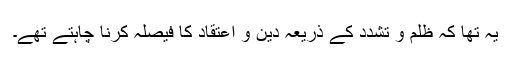
یہ تھا کہ ظلم و تشدد کے ذریعہ دین و اعتقاد کا فیصلہ کرنا چاہتے تھے۔